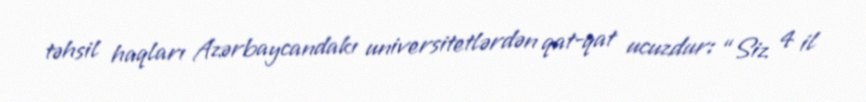
təhsil haqları Azərbaycandakı universitetlərdən qat-qat ucuzdur: “Siz 4 il